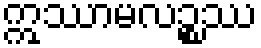
ဣဿာမလဉ္စဿ